Leaving Certificate, 1896
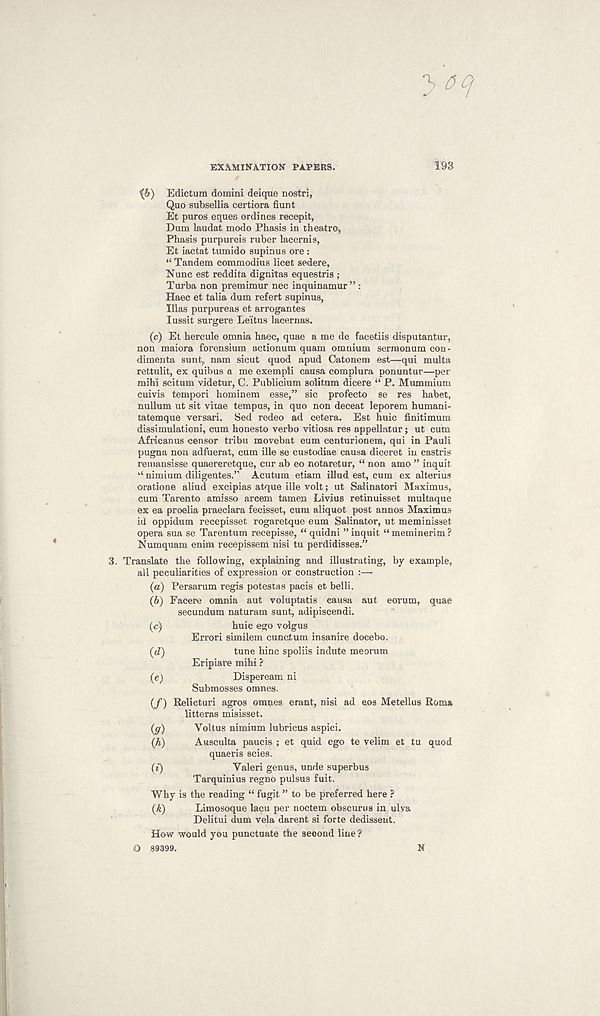
EXAMINATION PAPERS.
193
ib) Edictum domini deique nostri,
Quo subsellia certiora fiunt
Et puros eques ordines recepit,
Dum laudat modo Phasis in theatre,
Phasis purpureis ruber lacernis,
Et iactat tumido supinus ore :
“ Tandem commodius licet sedere,
Nunc est reddita dignitas equestris ;
Turba non premimur nec inquinamur” :
Haec et talia dum refert supinus,
Illas purpureas et arrogantes
lussit surgere Leitus laeernas.
(c) Et hercule omnia haec, quae a me de facetiis disputantur,
non maiora forensium actionum quam omnium serraonum con -
dimenta sunt., nam sicut quod apud Catonem est—qui multa
rettulit, ex quibus a me exempli causa complura ponuntur—per
mihi scitum videtur, C. Publicium solitum dicere “ P. Mummium
cuivis tempori hominem esse,” sic profecto se res habet,
nullum ut sit vitae tempus, in quo non deceat leporem humani-
tatemque versari. Sed redeo ad cetera. Est huic finitimum
dissimulationi, cum honesto verbo vitiosa res appellatur; ut cutn
African us censor tribu movebat eum centurionem, qui in Pauli
pugna non adfuerat, cum ille se custodiae causa diceret in castris
remansisse quaereretque, cur ab eo notaretur, “ non amo ” inquit
“ nimium diligentes.” Acutum etiam illud est, cum ex alterius
oratione aliud excipias atque ille volt; ut Salinatori Maximus,
cum Tarento amisso arcem tamem Livius retinuisset multaque
ex ea proelia praeclara fecisset, cum aliquot post annos Maximus
id oppidum recepisset rogaretque eum Salinator, ut meminisset
opera sua se Tarentum recepisse, “ quidni ” inquit “ meminerim ?
Numquam enim recepissem nisi tu perdidisses.”
3. Translate the following, explaining and illustrating, by example,
all peculiarities of expression or construction :—
(а) Persarum regis potestas pacis et belli.
(б) Facere omnia aut voluptatis causa aut eorum, quae
secundum naturam sunt, adipiscendi.
(c)
huic ego volgus
Errori similem cunctum insanire docebo.
(eZ)
tune hinc spoliis indute meorum
Eripiare mihi ?
(e)
Dispeream ni
Submosses omnes.
(/) Relicturi agros omnes erant, nisi ad eos Metellus Roma
litteras misisset.
(<jr)
Yoltus nimium lubricus aspici.
(k)
Ausculta paucis ; et quid ego te velim et tu quod
quaeris scies.
(i)
Yaleri genus, unde superbus
Tarquinius regno pulsus fuit.
Why is the reading “ fugit ” to be preferred here ?
(k)
Limosoque lacu per noctem obscurus in ulva
Delitui dum vela darent si forte dedisseut.
How would you punctuate the second line?